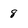
Character: 8